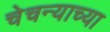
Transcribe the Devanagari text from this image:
चेचन्याच्या